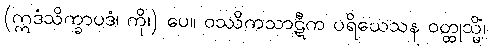
(ဣဒံသိက္ခာပဒံ၊ ကို၊) ပေ။ ဝဿိကသာဋီက ပရိယေသန ဝတ္ထုသ္မိံ၊